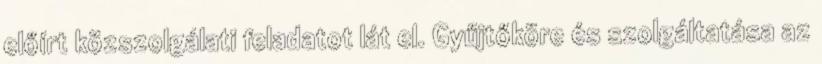
előírt közszolgálati feladatot lát el. Gyűjtőköre és szolgáltatása az